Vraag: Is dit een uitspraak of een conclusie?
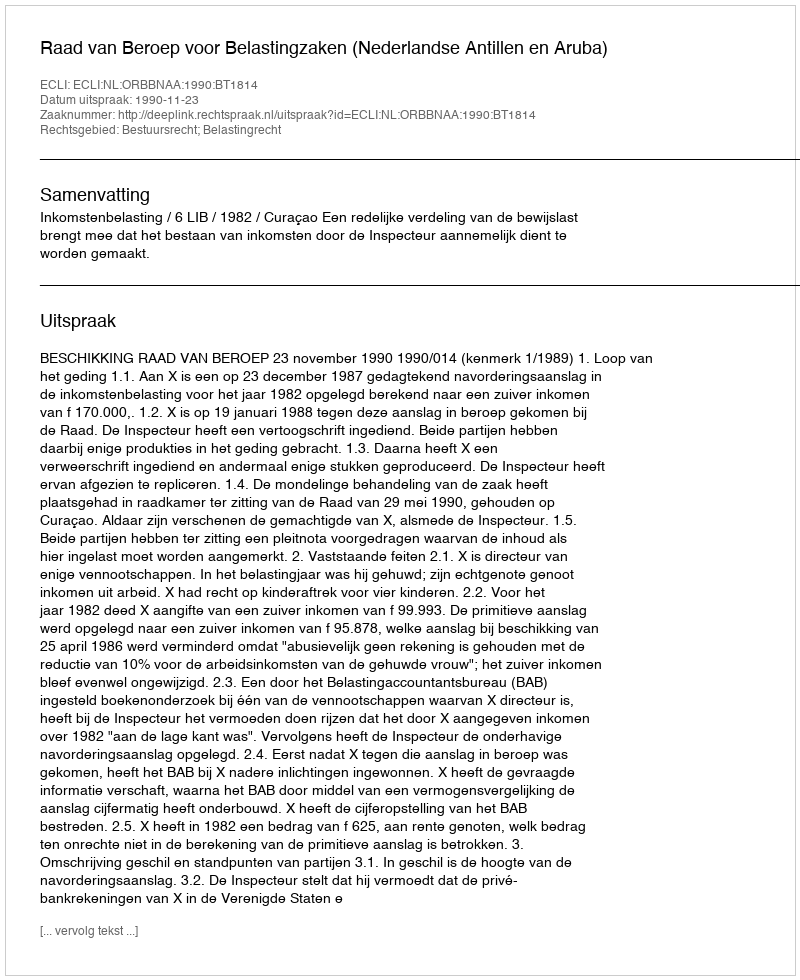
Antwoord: Uitspraak